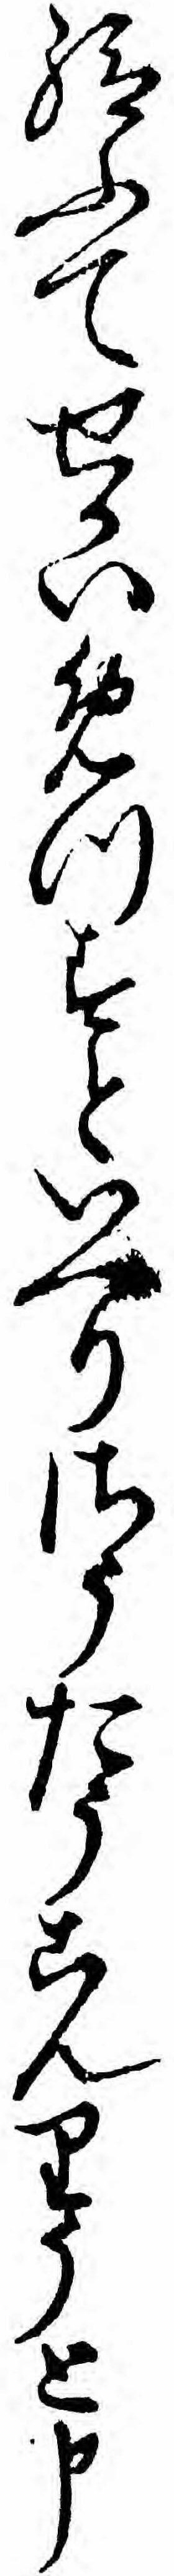
給ふてせかいめつすといへりさうたうこんりうと申